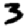
Digit: 3